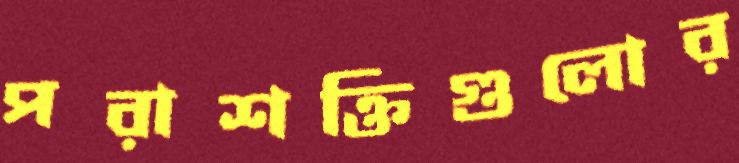
পরাশক্তিগুলোর